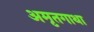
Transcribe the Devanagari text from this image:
अमृतगाथा